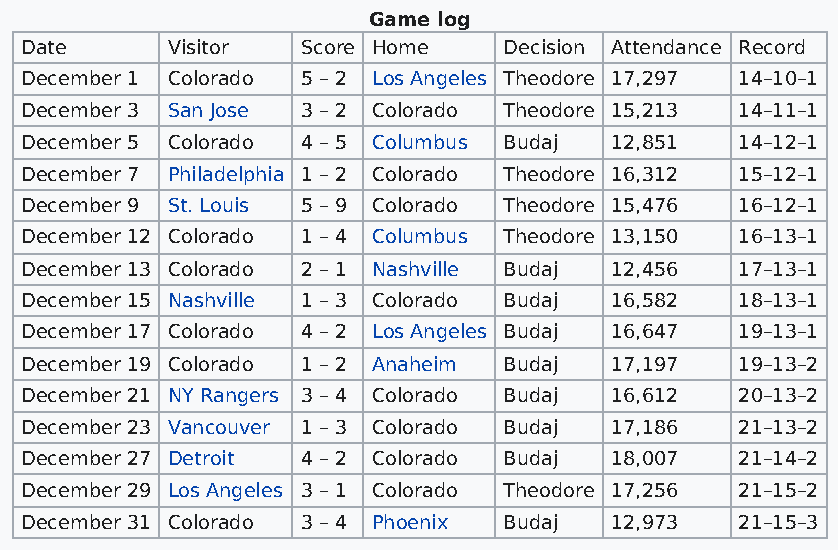
Game log
 Date      Visitor  Score Home   Decision Attendance Record
 December 1 Colorado 5 – 2 Los Angeles Theodore 17,297 14–10–1
 December 3 San Jose 3 – 2 Colorado Theodore 15,213 14–11–1
 December 5 Colorado 4 – 5 Columbus Budaj 12,851 14–12–1
 December 7 Philadelphia 1 – 2 Colorado Theodore 16,312 15–12–1
 December 9 St. Louis 5 – 9 Colorado Theodore 15,476 16–12–1
 December 12 Colorado 1 – 4 Columbus Theodore 13,150 16–13–1
 December 13 Colorado 2 – 1 Nashville Budaj 12,456 17–13–1
 December 15 Nashville 1 – 3 Colorado Budaj 16,582 18–13–1
 December 17 Colorado 4 – 2 Los Angeles Budaj 16,647 19–13–1
 December 19 Colorado 1 – 2 Anaheim Budaj 17,197 19–13–2
 December 21 NY Rangers 3 – 4 Colorado Budaj 16,612 20–13–2
 December 23 Vancouver 1 – 3 Colorado Budaj 17,186 21–13–2
 December 27 Detroit 4 – 2 Colorado Budaj 18,007 21–14–2
 December 29 Los Angeles 3 – 1 Colorado Theodore 17,256 21–15–2
 December 31 Colorado 3 – 4 Phoenix Budaj 12,973 21–15–3